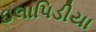
ઇલાપિડીયા